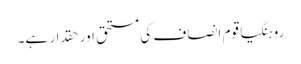
روہنگیا قوم انصاف کی مستحق اور حقدار ہے۔